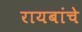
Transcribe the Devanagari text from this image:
रायबांचे